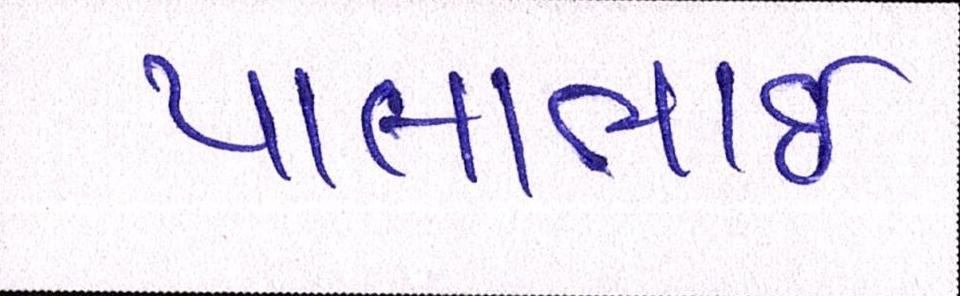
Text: પાલાભાઇ